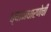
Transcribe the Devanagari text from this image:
ध्यानधारणेची